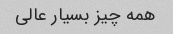
همه چیز بسیار عالی